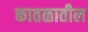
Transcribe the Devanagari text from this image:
कातळातील